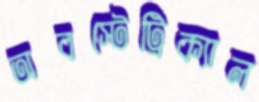
অবস্টেট্রিক্যাল